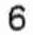
6